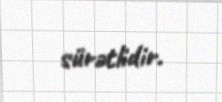
sürətlidir.